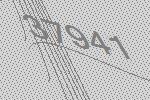
37941